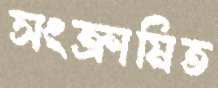
সংক্রামিত